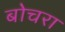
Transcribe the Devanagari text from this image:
बोचरा